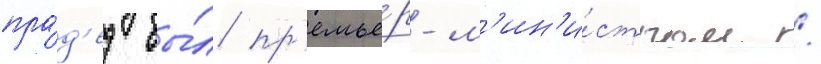
пра́д'ед бы́л пр'емье́р-м'ин'и́стром /